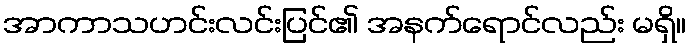
အာကာသဟင်းလင်းပြင်၏ အနက်ရောင်လည်း မရှိ။